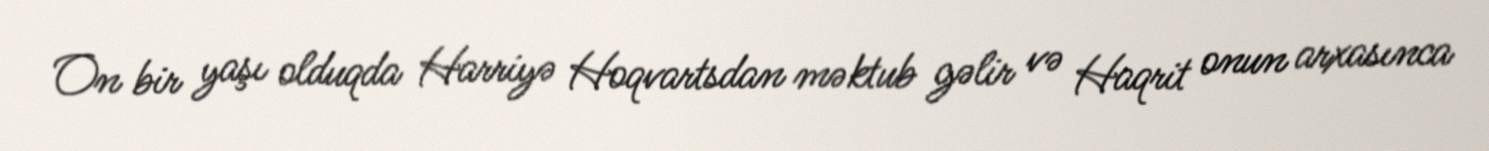
On bir yaşı olduqda Harriyə Hoqvartsdan məktub gəlir və Haqrit onun arxasınca